Annual report on the working of the mental hospitals in the Madras Presidency - 1912-1932
Year: 1912
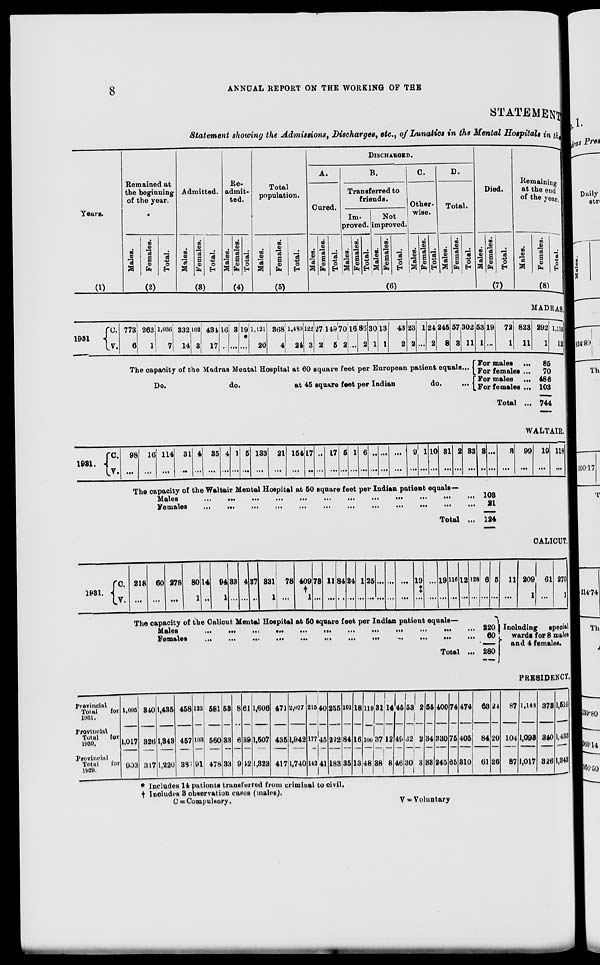
8
ANNUAL REPORT ON THE WORKING OF THE
STATEMENT
Statement showing the Admissions, Discharges, etc, of Lunatics in the Mental Hospitals in the
Years.
(1)
Remained at
the beginning
of the year.
Males.
Females.
Total.
(2)
Admitted.
Males.
Females.
Total.
(3)
Re-
admit-
ted.
Males.
Females.
Total.
(4)
Total
population.
Males.
Females.
Total.
(5)
DISCHARGED.
A.
Cured.
Males.
Females.
Total.
B.
Transferred to
friends.
Im-
proved.
Males.
Females.
Total.
Not
improved.
Males.
Females.
Total.
C.
Other-
wise.
Males.
Females.
Total.
D.
Total.
Males.
Females.
Total.
(6)
Died.
Males.
Females.
Total.
(7)
Remaining
at the end
of the year.
Males.
Females.
Total.
(8)
MADRAS
1931
C.
V.
773
6
263
1
1,036
7
332
14
102
3
434
17
16
...
3
...
19
*
...
1,121
20
368
4
1,489
24
122
3
21
2
149
5
70
2
16
...
86
2
30
1
13
1
43
2
23
2
1
...
24
2
245
8 57
3
302
11
The capacity of the Madras Mental Hospital at 60 square feet per European patient equals...
Do.
do.
at 45 square feet per Indian
do.
...
53
1
19
...
72
1
823
11
292
1
1,115
12
For males ... 85
For females ... 70
For males ... 486
For females ... 103
Total ... 744
WALTAIR.
1931. C.
V.
98
...
16
...
114
...
31
...
4
...
35
...
4
...
1
...
5
...
133
...
21
...
154
...
17
...
...
...
17
...
5
...
1
...
6
...
...
...
...
...
...
...
9
...
1
...
10
...
31
...
2
...
33
...
3
...
...
...
3
...
99
...
19
...
118
...
The capacity of the Waltair Mental Hospital at 50 square feet per Indian patient equals—
Males
...
...
...
...
...
...
...
...
...
...
...
...
...
...
...
Females
...
...
...
...
...
...
...
...
...
...
...
...
...
...
...
Total ...
103
21
124
CALICUT
1931.
C.
V.
218
...
60
...
278
...
80
1
14
...
94
1
33
...
4
...
37
...
331
1
78
...
409
†
1
73
...
11
...
84
...
24
...
1
...
25
...
...
...
...
...
...
...
19
‡
...
...
...
19
...
116
...
12
...
128
...
The capacity of the Calicut Mental Hospital at 50 square feet per Indian patient equals—
Males
...
...
...
...
...
...
...
...
...
...
...
...
...
...
...
Females
...
...
...
...
...
...
...
...
...
...
...
...
...
...
...
Total ...
6
...
5
...
220
60
280
11
...
209
1
61
...
270
1
Including
special
wards for 8 males
and 4 females.
PRESIDENCY.
Provincial
Total
for
1931.
Provincial
Total
for
1930.
Provincial
Total
for
1929.
1,095
1,017
903
840
326
317
1,435
1,343
1,220
458
457
387
123
103
91
581
560
478
53
33
33
8
6
9
61
39
42
1,606
1,507
1,323
471
435
417
2,077
1,942
1,740
215
177
142
40
45
41
255
222
183
101
84
35
18
16
13
119
100
48
31
37
38
14
12
8
45
49
46
53
32
30
2
2
3
55
34
33
400
330
245
74
75
65
474
405
310
68
84
61
24
20
26
87
104
87
1,143
1,093
1,017
373
340
326
1,516
1,433
1,343
* Includes 14 pationts transferred from criminal to civil.
† Includes 3 observation cases (males).
C = Compulsory.
V= Voluntary